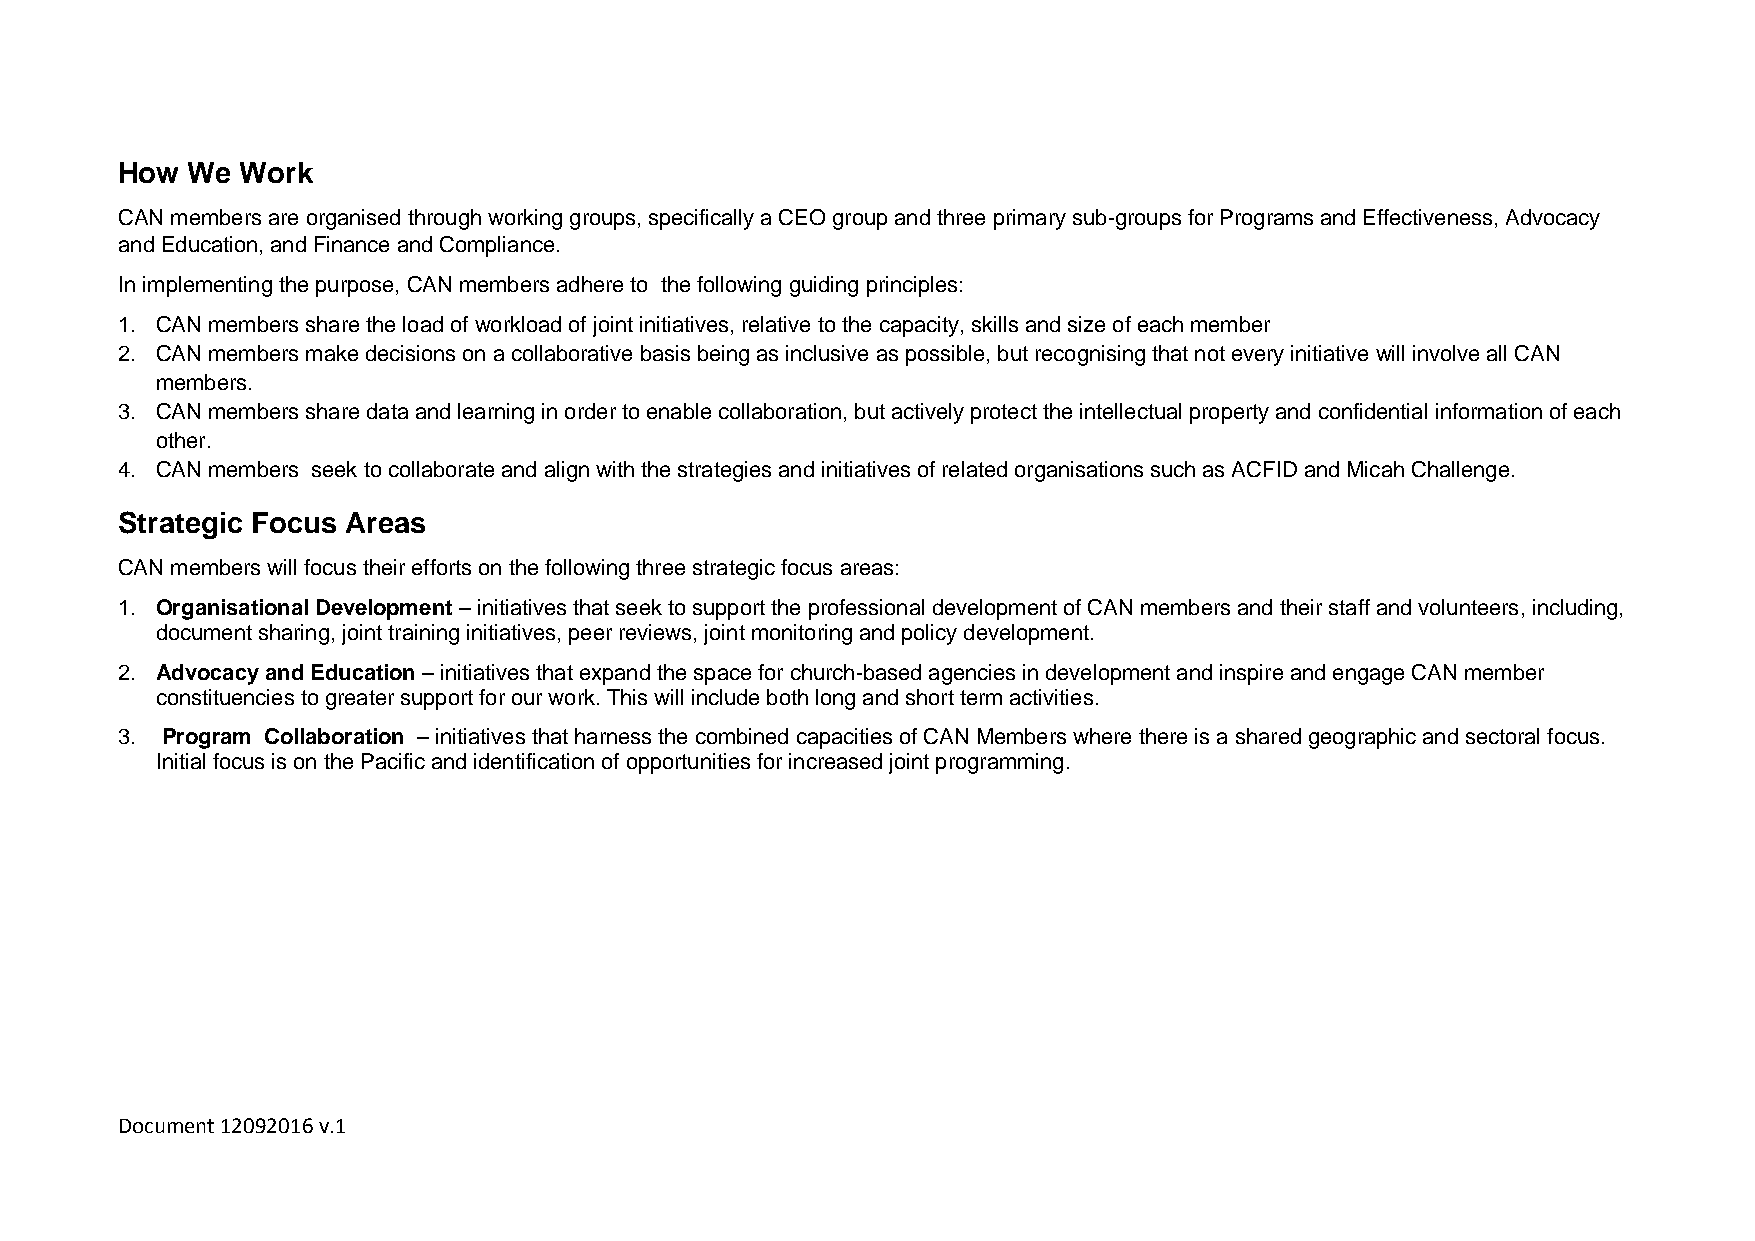
How We  Work
 CAN members are organised through working groups, specifically a CEO group and three primary sub-groups for Programs and Effectiveness, Advocacy
 and Education, and Finance and Compliance.
 In implementing the purpose, CAN members adhere to the following guiding principles:
 1. CAN members share the load of workload of joint initiatives, relative to the capacity, skills and size of each member
 2. CAN members make decisions on a collaborative basis being as inclusive as possible, but recognising that not every initiative will involve all CAN
 members.
 3. CAN members share data and learning in order to enable collaboration, but actively protect the intellectual property and confidential information of each
 other.
 4. CAN members seek to collaborate and align with the strategies and initiatives of related organisations such as ACFID and Micah Challenge.
 Strategic Focus Areas
 CAN members will focus their efforts on the following three strategic focus areas:
 1. Organisational Development – initiatives that seek to support the professional development of CAN members and their staff and volunteers, including,
 document sharing, joint training initiatives, peer reviews, joint monitoring and policy development.
 2. Advocacy and Education – initiatives that expand the space for church-based agencies in development and inspire and engage CAN member
 constituencies to greater support for our work. This will include both long and short term activities.
 3. Program Collaboration – initiatives that harness the combined capacities of CAN Members where there is a shared geographic and sectoral focus.
 Initial focus is on the Pacific and identification of opportunities for increased joint programming.
 Document 12092016 v.1